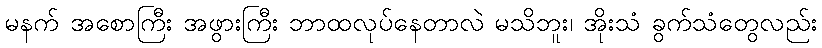
မနက် အစောကြီး အဖွားကြီး ဘာထလုပ်နေတာလဲ မသိဘူး၊ အိုးသံ ခွက်သံတွေလည်း